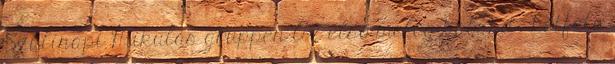
Szülinapi Mikulás gruppen Az első meleg kaland - kétféle